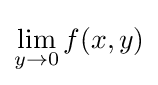
\lim _{y\to 0}f(x,y)